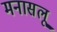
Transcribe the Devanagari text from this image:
मनासलू